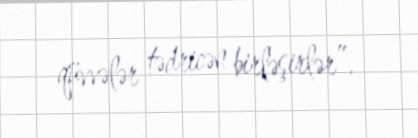
qüvvələr tədricən birləşirlər”.